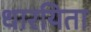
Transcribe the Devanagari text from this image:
धारयिता